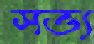
সভ্য